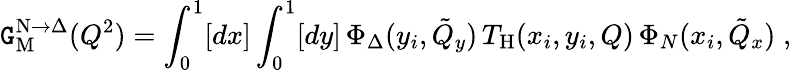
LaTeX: \mathtt{G}_{\mathrm{{M}}}^{\mathrm{{N}}\to\Delta}(Q^{2})=\int_{0}^{1}[dx]\int_{0}^{1}[dy]\, \Phi_{\Delta}(y_{i},\tilde{{Q}}_{y})\, T_{\mathrm{{H}}}(x_{i},y_{i},Q)\, \Phi_{N}(x_{i},\tilde{{Q}}_{x})\; ,